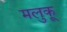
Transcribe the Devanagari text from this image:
मलुकू